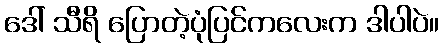
ဒေါ် သီရိ ပြောတဲ့ပုံပြင်ကလေးက ဒါပါပဲ။